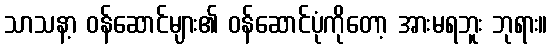
သာသနာ့ ဝန်ဆောင်များ၏ ဝန်ဆောင်ပုံကိုတော့ အားမရဘူး ဘုရား။